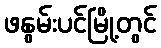
ဖနွမ်းပင်မြို့တွင်